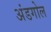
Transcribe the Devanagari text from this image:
अंडगोल